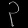
Digit: ၃